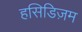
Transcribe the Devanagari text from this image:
हसिडिज़म